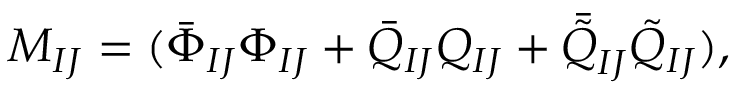
M _ { I J } = ( \bar { \Phi } _ { I J } \Phi _ { I J } + \bar { Q } _ { I J } Q _ { I J } + \bar { \tilde { Q } } _ { I J } \tilde { Q } _ { I J } ) ,